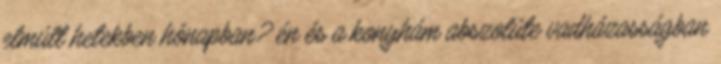
elmúlt hetekben hónapban? én és a konyhám abszolúte vadházasságban